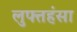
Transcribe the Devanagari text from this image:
लुफ्तहंसा